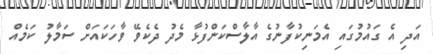
އަދި އެ ގައުމުގައި އެމަނިކުފާނުގެ އާލާސްކަންފުޅާ މެދު ދެކެވޭ ވާހަކައަށް ސަމާލު ކަމެއް